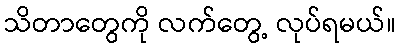
သိတာတွေကို လက်တွေ့ လုပ်ရမယ်။